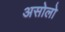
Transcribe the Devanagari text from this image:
असोलो